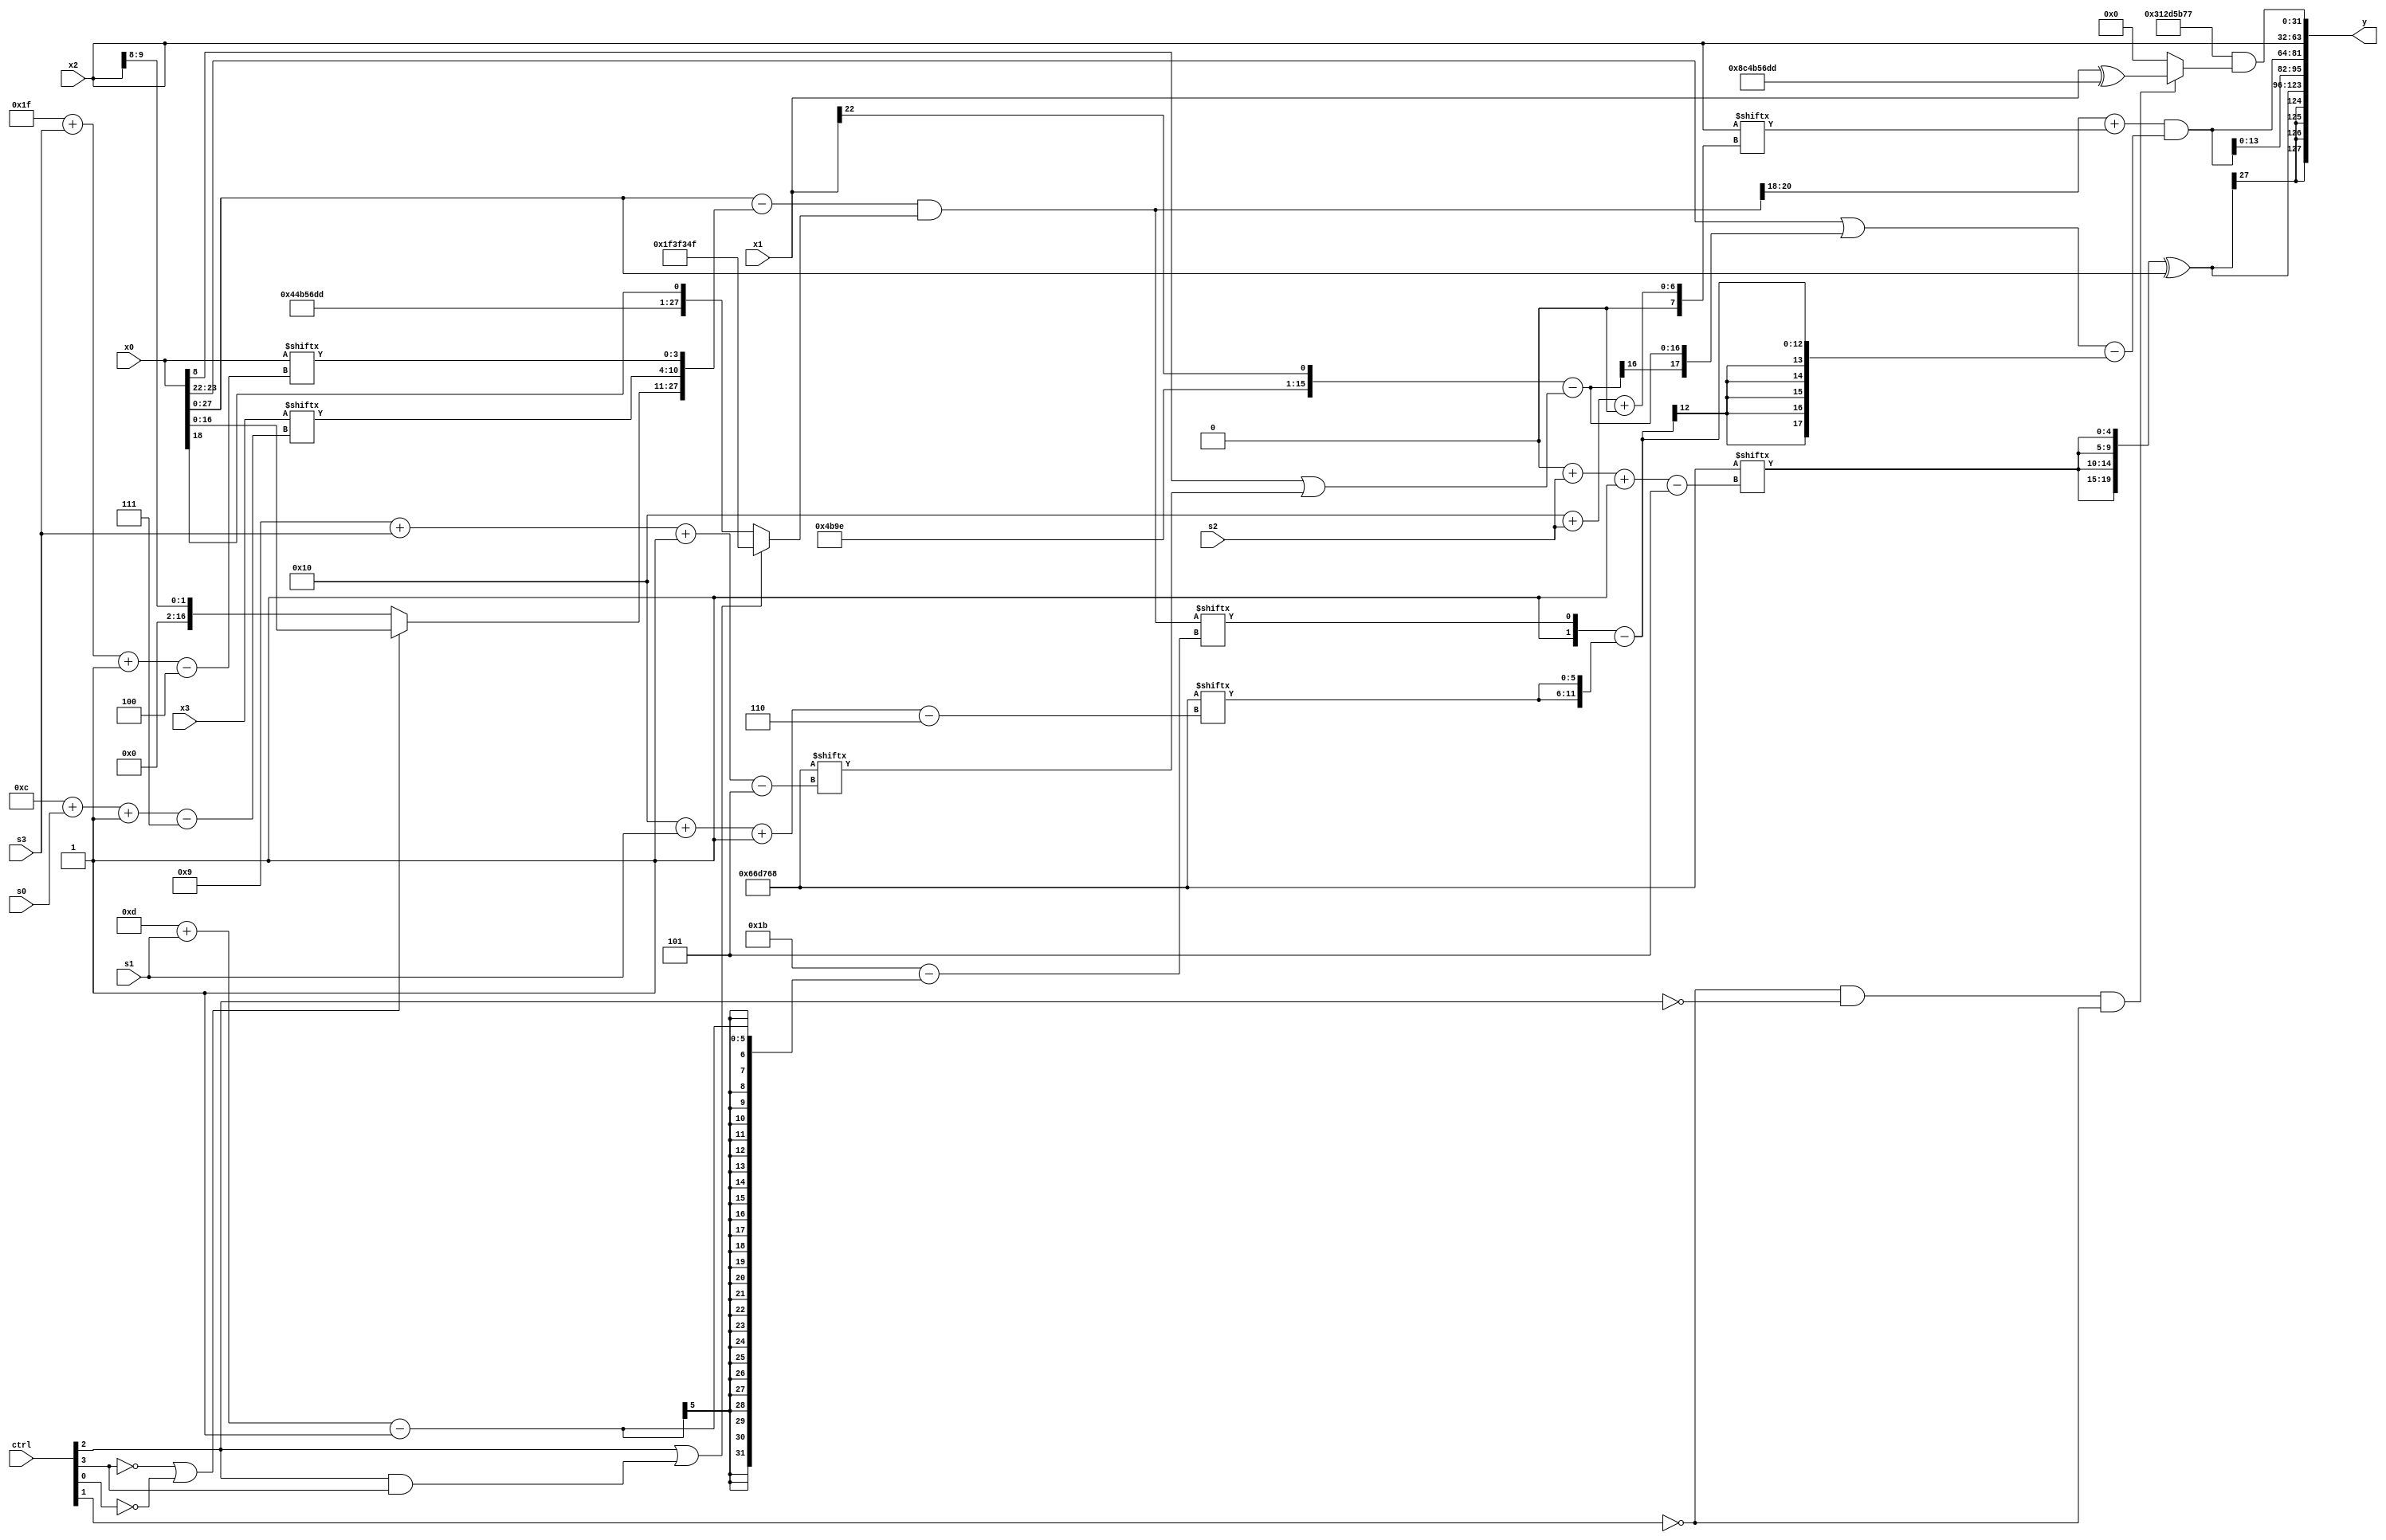
module partsel_00732(ctrl, s0, s1, s2, s3, x0, x1, x2, x3, y);
  input [3:0] ctrl;
  input [2:0] s0;
  input [2:0] s1;
  input [2:0] s2;
  input [2:0] s3;
  input signed [31:0] x0;
  input signed [31:0] x1;
  input [31:0] x2;
  input [31:0] x3;
  wire signed [1:28] x4;
  wire signed [24:7] x5;
  wire signed [30:3] x6;
  wire [27:2] x7;
  wire signed [1:26] x8;
  wire [28:6] x9;
  wire signed [27:0] x10;
  wire signed [3:24] x11;
  wire signed [27:3] x12;
  wire signed [0:24] x13;
  wire signed [6:26] x14;
  wire [1:30] x15;
  output [127:0] y;
  wire signed [31:0] y0;
  wire signed [31:0] y1;
  wire [31:0] y2;
  wire [31:0] y3;
  assign y = {y0,y1,y2,y3};
  localparam [24:0] p0 = 946263912;
  localparam signed [5:30] p1 = 622873502;
  localparam [6:30] p2 = 569635663;
  localparam signed [0:30] p3 = 206264029;
  assign x4 = ((x0 - {{((x3 - p0[23]) - x2[8 + s2]), (!ctrl[3] && !ctrl[3] || !ctrl[0] ? x0 : x2[8 +: 2])}, {x3[12 + s0 -: 7], x0[31 + s3 -: 4]}}) & {2{(ctrl[2] || ctrl[2] && ctrl[3] ? p2 : {p3, x0[18]})}});
  assign x5 = ((x4[8 +: 3] + x2[16 + s2 +: 3]) & ((x0[23 -: 2] | ({p1, x1[22]} - (x0[8 +: 1] | p0[9 + s3 -: 5]))) - ({p3[23], x4[13 + s1]} - {2{p0[16 + s1 -: 6]}})));
  assign x6 = x5[18 -: 2];
  assign x7 = {x6[10 +: 1], (((x6 - p3[13 +: 1]) - p0[16 + s1]) + p0)};
  assign x8 = p3[19 + s2];
  assign x9 = {2{{2{p0[0 + s2 -: 5]}}}};
  assign x10 = (x9 ^ x0);
  assign x11 = {{2{(!ctrl[1] || ctrl[1] || ctrl[0] ? p3[13 +: 1] : p3[13 +: 2])}}, (p1[23 + s0 -: 8] + {p2[17 + s2], {2{x10[10 + s1 -: 1]}}})};
  assign x12 = p1;
  assign x13 = x11[1 + s0 +: 1];
  assign x14 = p3[17];
  assign x15 = x2[26 + s1 +: 4];
  assign y0 = x10;
  assign y1 = {{({x0[22], p0[2 + s3 -: 4]} | ((x1[20 -: 1] + p0[19 +: 3]) | x8[20 -: 4])), ({2{(!ctrl[1] || ctrl[0] && ctrl[3] ? p1[21 -: 3] : (p2[13] & x14))}} & {(ctrl[0] || !ctrl[3] && ctrl[1] ? (x15 | p3[13 + s0]) : (x13 + ((p2[4 + s3] + p1[14 +: 1]) & (p1[8] + p1[17 +: 1])))), (p0[15 -: 1] & x3[18 + s3 +: 3])})}, {p0, {x5, x5}}};
  assign y2 = x2;
  assign y3 = ({p2, {2{{p3, {2{p1[16]}}}}}} & (!ctrl[1] && !ctrl[2] && !ctrl[1] ? (x1 ^ {x5[16 -: 4], {2{p3}}}) : x8[18 +: 3]));
endmodule